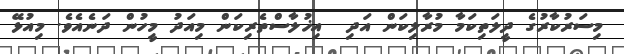
މިސަރުކާރުގެ ދީލަތިކަމާ މުރާލިކަން އަދި  އިޚުލާސްތެރިކަން މިއަދު މީހުން ދަނެއެވެ. މިއުޅޭ